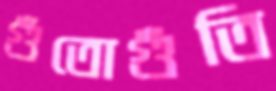
গুঁতোগুঁতি